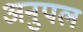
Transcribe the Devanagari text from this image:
अनुपल